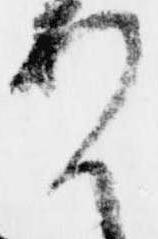
定